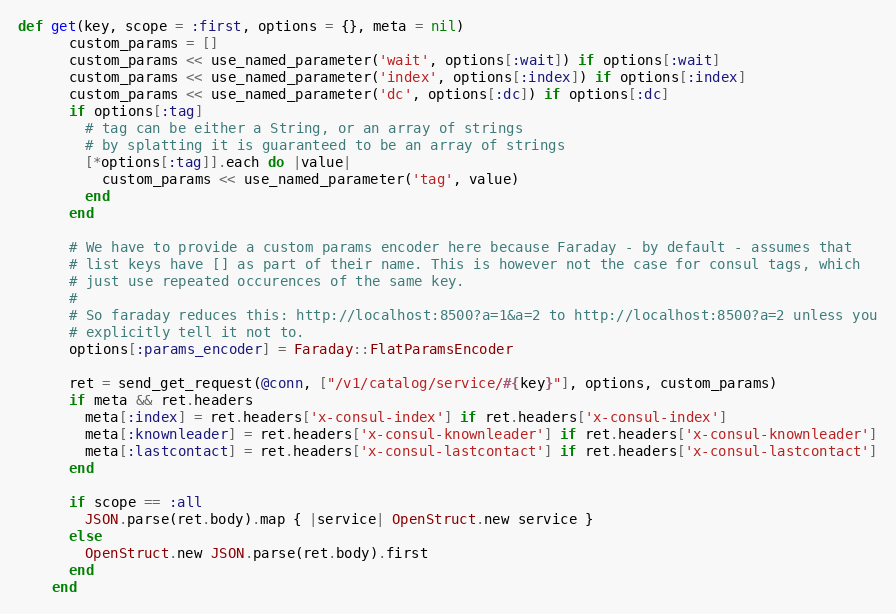
Language: Ruby
def get(key, scope = :first, options = {}, meta = nil)
      custom_params = []
      custom_params << use_named_parameter('wait', options[:wait]) if options[:wait]
      custom_params << use_named_parameter('index', options[:index]) if options[:index]
      custom_params << use_named_parameter('dc', options[:dc]) if options[:dc]
      if options[:tag]
        # tag can be either a String, or an array of strings
        # by splatting it is guaranteed to be an array of strings
        [*options[:tag]].each do |value|
          custom_params << use_named_parameter('tag', value)
        end
      end

      # We have to provide a custom params encoder here because Faraday - by default - assumes that
      # list keys have [] as part of their name. This is however not the case for consul tags, which
      # just use repeated occurences of the same key.
      #
      # So faraday reduces this: http://localhost:8500?a=1&a=2 to http://localhost:8500?a=2 unless you
      # explicitly tell it not to.
      options[:params_encoder] = Faraday::FlatParamsEncoder

      ret = send_get_request(@conn, ["/v1/catalog/service/#{key}"], options, custom_params)
      if meta && ret.headers
        meta[:index] = ret.headers['x-consul-index'] if ret.headers['x-consul-index']
        meta[:knownleader] = ret.headers['x-consul-knownleader'] if ret.headers['x-consul-knownleader']
        meta[:lastcontact] = ret.headers['x-consul-lastcontact'] if ret.headers['x-consul-lastcontact']
      end

      if scope == :all
        JSON.parse(ret.body).map { |service| OpenStruct.new service }
      else
        OpenStruct.new JSON.parse(ret.body).first
      end
    end